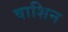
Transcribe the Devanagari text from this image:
वाशिन